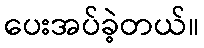
ပေးအပ်ခဲ့တယ်။